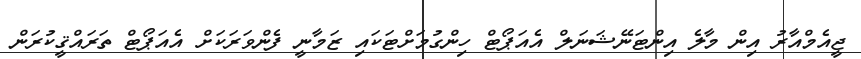
ޖީއެމްއާރު އިން މާލެ އިންޓަނޭޝަނަލް އެއަޕޯޓް ހިންގުމަށްޓަކައި ޒަމާނީ ފެންވަރަކަށް އެއަޕޯޓް ތަރައްޤީކުރަން